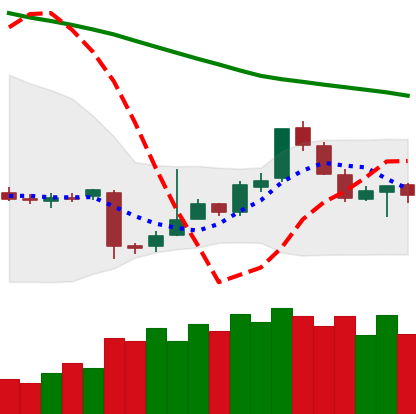
Ticker: EOS-USD
Chart end date: 2018-11-12
Forward return: -15.353%
Label: down_7plus